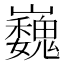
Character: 巍